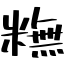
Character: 𥼣